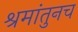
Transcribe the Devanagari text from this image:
श्रमांतुनच